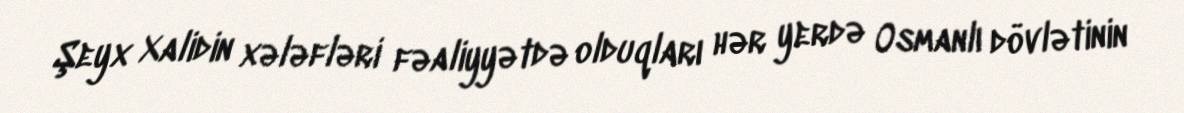
Şeyx Xalidin xələfləri fəaliyyətdə olduqları hər yerdə Osmanlı dövlətinin